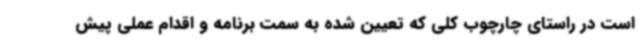
است در راستای چارچوب کلی که تعیین شده به سمت برنامه و اقدام عملی پیش